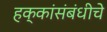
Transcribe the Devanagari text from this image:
हक्कांसंबंधीचे